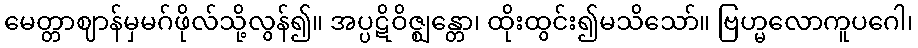
မေတ္တာဈာန်မှမဂ်ဖိုလ်သို့လွန်၍။ အပ္ပဋိဝိဇ္ဈန္တော၊ ထိုးထွင်း၍မသိသော်။ ဗြဟ္မလောကူပဂေါ၊